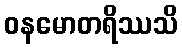
ဝနမောတရိဿသိ